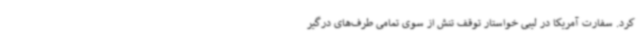
کرد. سفارت آمریکا در لیبی خواستار توقف تنش از سوی تمامی طرف‌های درگیر